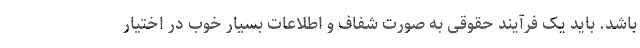
باشد. باید یک فرآیند حقوقی به صورت شفاف و اطلاعات بسیار خوب در اختیار